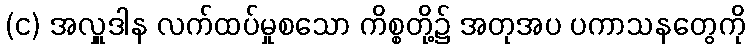
(င) အလှူဒါန လက်ထပ်မှုစသော ကိစ္စတို့၌ အတုအပ ပကာသနတွေကို